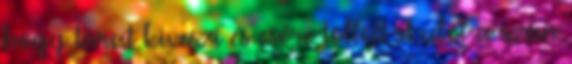
hogy tárat kiveszi és csőre töltött skulót a szán